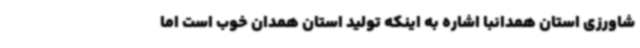
شاورزی استان همدانبا اشاره به اینکه تولید استان همدان خوب است اما